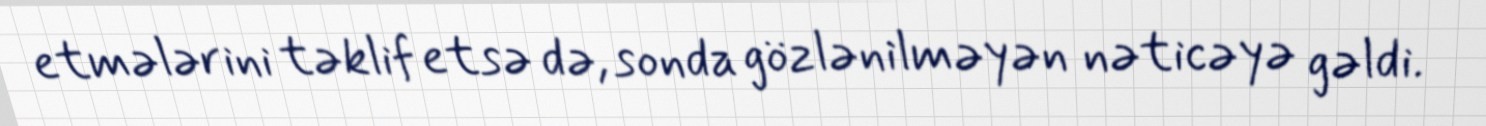
etmələrini təklif etsə də, sonda gözlənilməyən nəticəyə gəldi.